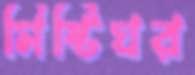
মিষ্টিঘর